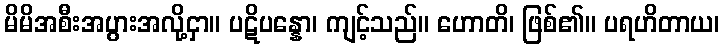
မိမိအစီးအပွားအလို့ငှာ။ ပဋိပန္နော၊ ကျင့်သည်။ ဟောတိ၊ ဖြစ်၏။ ပရဟိတာယ၊